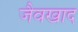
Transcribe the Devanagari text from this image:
जैवखाद